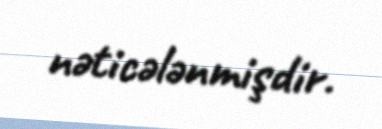
nəticələnmişdir.